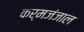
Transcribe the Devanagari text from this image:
कर्मजंजाल